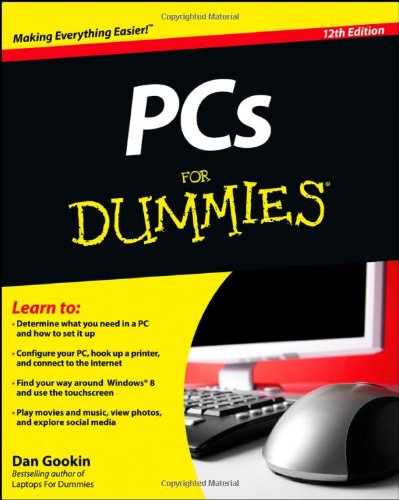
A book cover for PCs For Dummies; Dan Gookin; Computers & Technology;